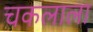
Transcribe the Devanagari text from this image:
चकलाला